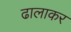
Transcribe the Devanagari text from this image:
ढालाकर